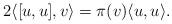
LaTeX: \begin{align*}2\langle [u, u], v\rangle = \pi (v) \langle u, u\rangle .\end{align*}